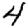
Digit: 4